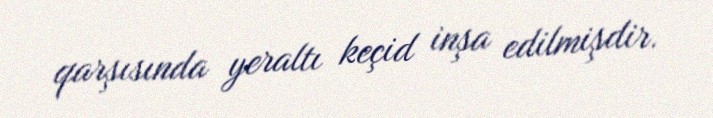
qarşısında yeraltı keçid inşa edilmişdir.